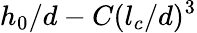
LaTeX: h_{0}/d-C(l_{c}/d)^{3}